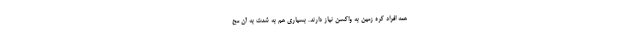
همه افراد کره زمین به واکسن نیاز دارند. بسیاری هم به شدت به آن مح